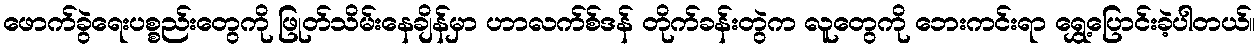
ဖောက်ခွဲရေးပစ္စည်းတွေကို ဖြုတ်သိမ်းနေချိန်မှာ ဟာလက်စ်ဒန် တိုက်ခန်းတွဲက လူတွေကို ဘေးကင်းရာ ရွှေ့ပြောင်းခဲ့ပါတယ်။